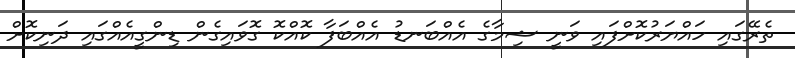
ތެރޭގައި ހައްޔަރުކޮށްފައި ވަނީ ޝިމާގެ އެއްބަނޑު އެއްބަފާ ކޮއްކޮ ގޮވައިގެން ޑިންގީއެއްގައި ދަނިކޮށް